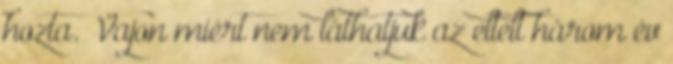
hozta. Vajon miért nem láthatjuk az eltelt három év